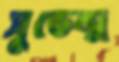
সুভেন্দ্র